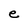
Character: e